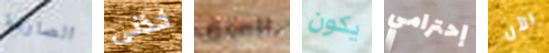
الصارمة خذنى العنق يكون إحترامي الآن